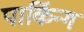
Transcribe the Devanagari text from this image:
पार्किन्ग